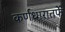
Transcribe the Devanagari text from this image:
कर्णधारातर्फे